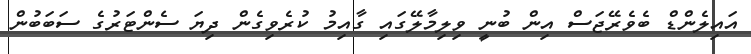
އައިލެންޑް ބެވެރޭޖަސް އިން ބުނީ ވިލިމާލޭގައި ގާއިމު ކުރެވިގެން ދިޔަ ސެންޓަރުގެ ސަބަބުން